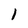
Character: 1